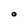
Character: O